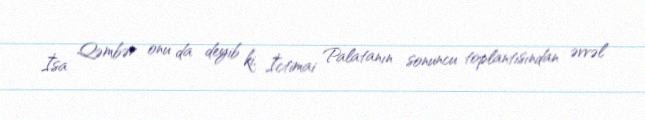
İsa Qəmbər onu da deyib ki, İctimai Palatanın sonuncu toplantısından əvvəl